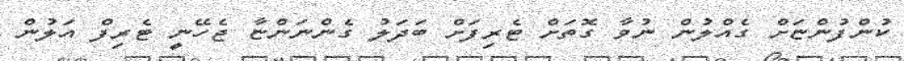
ކުންފުންޏަށް ގެއްލުން ނުވާ ގޮތަށް ޓެރިފަށް ބަދަލު ގެންނަންޏާ ޖެހޭނީ ޓެރިފް އަލުން